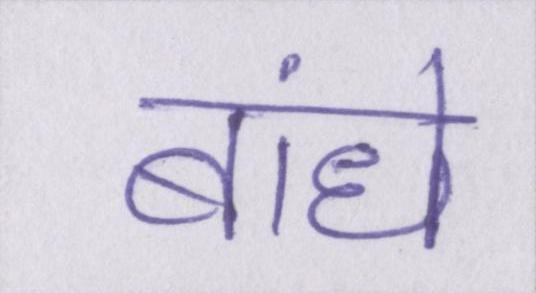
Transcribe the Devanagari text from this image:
बांधे